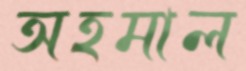
অহমাল